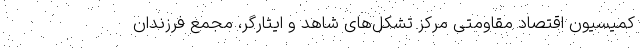
کمیسیون اقتصاد مقاومتی مرکز تشکل‌های شاهد و ایثارگر، مجمع فرزندان